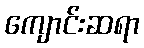
ကျောင်းဆရာ